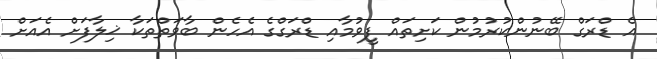
އެ ޑްރަގް ބޭނުންކުރުމުން ކަށިތައް ފީވުމާއި ޑްރަގްގެ އެހެން ބާވަތްތަކާ ޚިލާފަށް އެއަށް